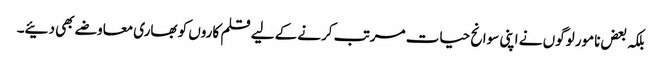
بلکہ بعض نامور لوگوں نے اپنی سوانح حیات مرتب کرنے کے لیے قلم کاروں کو بھاری معاوضے بھی دئیے۔